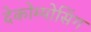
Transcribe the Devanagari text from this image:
देकोम्पोसिंग